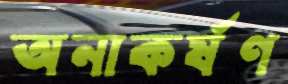
অনাকর্ষণ